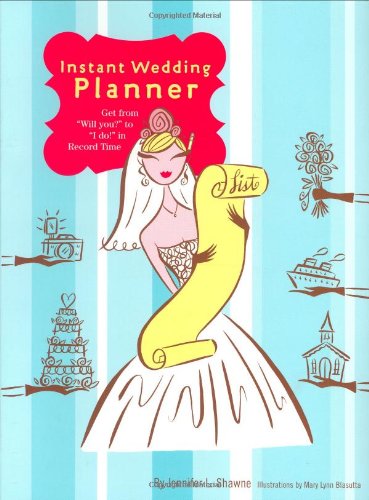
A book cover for Instant Wedding Planner: Get from 'Will You?' to 'I Do!' in Record Time; Jennifer L. Shawne; Crafts, Hobbies & Home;